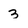
Character: 3